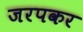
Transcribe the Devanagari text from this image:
जरपकर